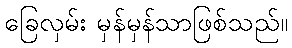
ခြေလှမ်း မှန်မှန်သာဖြစ်သည်။